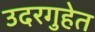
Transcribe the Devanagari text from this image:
उदरगुहेत